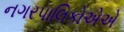
નગરપાલિકોએએ